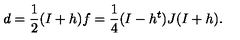
d = \frac { 1 } { 2 } ( I + h ) f = \frac { 1 } { 4 } ( I - h ^ { t } ) J ( I + h ) .